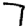
Digit: 7